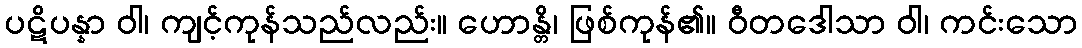
ပဋိပန္နာ ဝါ၊ ကျင့်ကုန်သည်လည်း။ ဟောန္တိ၊ ဖြစ်ကုန်၏။ ဝီတဒေါသာ ဝါ၊ ကင်းသော